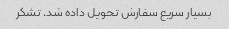
بسیار سریع سفارش تحویل داده شد. تشکر